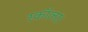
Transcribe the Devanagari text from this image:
स्कॉलर।